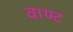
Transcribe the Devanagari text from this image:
वाण्ट